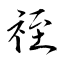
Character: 祬